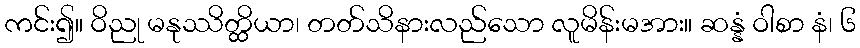
ကင်း၍။ ဝိညု မနုဿိတ္ထိယာ၊ တတ်သိနားလည်သော လူမိန်းမအား။ ဆန္နံ ဝါစာ နံ၊ ၆